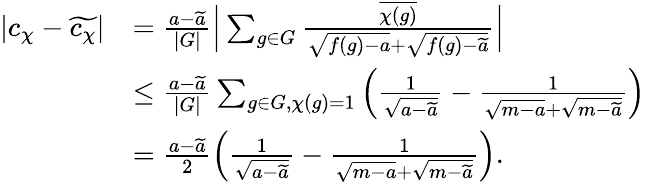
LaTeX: \begin{array}{rl}{|c_{\chi}-\widetilde{c_{\chi}}|}&{=\frac{a-\widetilde{a}}{|G|}\Big\lvert\sum_{g\in G}\frac{\overline{{\chi(g)}}}{\sqrt{f(g)-a}+\sqrt{f(g)-\widetilde{a}}}\Big\rvert}\\ &{\le\frac{a-\widetilde{a}}{|G|}\sum_{g\in G,\chi(g)=1}\left(\frac{1}{\sqrt{a-\widetilde{a}}}-\frac{1}{\sqrt{m-a}+\sqrt{m-\widetilde{a}}}\right)}\\ &{=\frac{a-\widetilde{a}}{2}\left(\frac{1}{\sqrt{a-\widetilde{a}}}-\frac{1}{\sqrt{m-a}+\sqrt{m-\widetilde{a}}}\right).}\end{array}